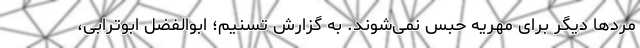
مردها دیگر برای مهریه حبس نمی‌شوند. به گزارش تسنیم؛ ابوالفضل ابوترابی،